Vaccine operations Central Provinces & Berar 1912-1920 - 1912-1920
Year: 1912
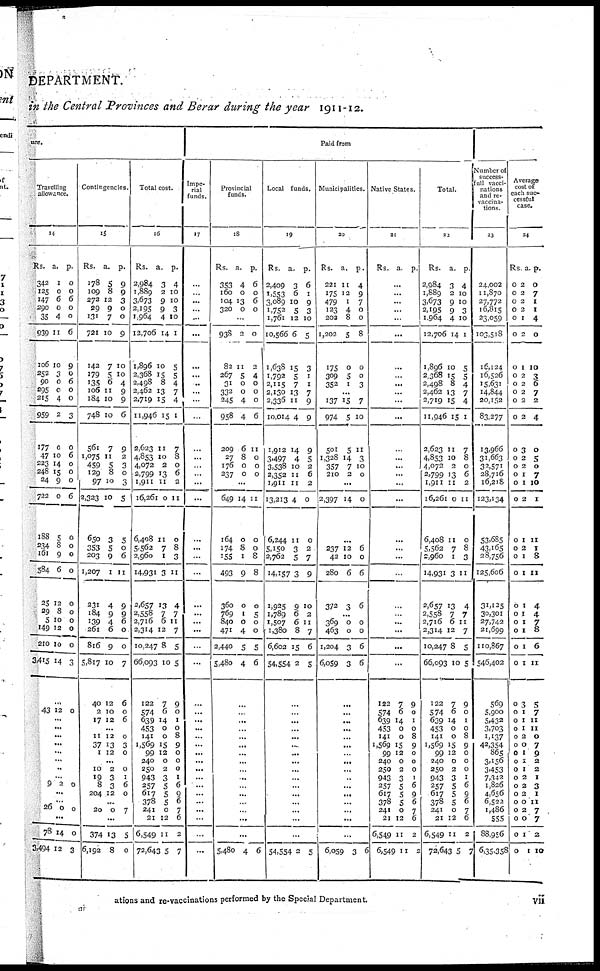
DEPARTMENT.
in the Central Provinces and Berar during the year 1911-12.
ure.
Travelling
allowance.
14
Rs.
342
125
147
290
35
939
106
252
90
295
215
959
177
47
223
248
24
722
188
234
161
584
25
29
5
149
210
3,415
a.
1
0
6
0
4
11
10
3
0
0
4
2
0
10
14
15
9
0
5
8
9
6
12
8
10
12
10
14
p.
0
0
6
0
0
6
9
0
6
0
0
3
0
6
0
0
0
6
0
0
0
0
0
0
0
0
0
3
...
43 12 0
...
...
...
...
...
...
...
...
9 2 0
...
...
20 0 0
...
78
3,494
14
12
0
3
Contingencies.
15
Rs.
178
109
272
29
131
721
142
179
135
106
184
748
561
1,075
459
129
97
2,323
650
353
203
1,207
231
184
139
261
816
5,817
40
2
17
a.
5
8
12
9
7
10
7
5
6
11
10
10
7
11
5
8
10
10
3
5
9
1
4
9
4
6
9
10
12
10
12
p.
9
9
3
0
0
9
10
10
4
9
9
6
9
2
3
0
3
5
5
0
6
11
9
9
6
0
0
7
6
0
6
...
11
37
1
12
13
12
0
3
0
...
10
19
8
204
2
3
3
12
0
1
6
0
...
20
0
7
...
374
6,192
13
8
5
0
Total cost.
16
Rs.
2,984
1,889
3,673
2,195
1,964
12,706
1,896
2,368
2,498
2,462
2,719
11,946
2,623
4,853
4,072
2,799
1,911
16,261
6,408
5,562
2,960
14,931
2,657
2,558
2,716
2,314
10,247
66,093
122
574
639
453
141
1,569
99
240
250
943
257
617
378
241
21
6,549
72,643
a.
3
2
9
9
4
14
10
15
8
13
15
15
11
10
2
13
11
0
11
7
1
3
13
7
6
12
8
10
7
6
14
0
0
15
12
0
2
3
5
5
5
0
12
11
5
p.
4
10
10
3
10
1
5
5
4
7
4
1
7
8
0
6
2
11
0
8
3
11
4
7
11
7
5
5
9
0
1
0
8
9
0
0
0
1
6
9
6
7
6
2
7
Paid from
Impe-
rial
funds.
17
...
...
...
...
...
...
...
...
..
...
...
...
...
...
...
...
...
...
...
...
...
...
...
...
...
...
...
...
...
...
...
...
...
...
...
...
...
...
...
...
...
...
...
...
...
Provincial
funds.
18
Rs.
353
160
104
320
...
938
82
267
31
332
245
958
209
27
176
237
...
649
164
174
155
493
360
769
840
471
2,440
5,480
a.
4
0
13
0
...
2
11
5
0
0
4
4
6
8
0
0
...
14
0
8
1
9
0
1
0
4
5
4
p.
6
0
6
0
...
0
2
4
0
0
0
6
11
0
0
0
...
11
0
0
8
8
0
5
0
0
5
6
...
...
...
...
...
...
...
...
...
...
...
...
...
...
...
...
5,480 4 6
Local funds.
19
Rs.
2,409
1,553
3,089
1,752
1,761
10,566
1,638
1,792
2,115
2,130
2,336
10,014
1,912
3,497
3,538
2,352
1,911
13,213
6,244
5,150
2,762
14,157
1,925
1,789
1,507
1,380
6,602
54,554
a.
3
6
10
5
12
6
15
5
7
13
11
4
14
4
10
11
11
4
11
3
5
3
9
6
6
8
15
2
p.
6
1
9
3
10
5
3
1
1
7
9
9
9
5
2
6
2
0
0
2
7
9
10
2
11
7
6
5
...
...
...
...
...
....
...
...
...
...
...
...
...
...
...
...
54,554 2 5
Municipalities.
20
Rs.
221
175
479
123
202
1,202
175
309
352
a.
11
12
1
4
8
5
0
5
1
p.
4
9
7
0
0
8
0
0
3
...
137
974
501
1,328
357
210
...
2,397
15
5
5
14
7
2
...
14
7
10
11
3
10
0
...
0
...
237
42
280
372
12
10
6
3
6
0
6
6
...
369
463
1,204
6,059
0
0
3
3
0
0
6
6
...
...
...
...
...
...
...
...
...
...
...
...
...
...
...
...
6,059 3
6
Native States.
21
Rs. a. p.
...
...
...
...
...
...
...
...
...
...
...
...
...
...
...
...
...
...
...
...
...
...
...
...
...
...
...
...
122
574
639
453
141
1,569
99
240
250
943
257
617
378
241
21
6,549
6,549
7
6
14
0
0
15
12
0
2
3
5
5
5
0
12
11
11
9
0
1
0
8
9
0
0
0
1
6
9
6
7
6
2
2
Total.
22
Rs.
2,984
1,889
3,673
2,195
1,964
12,706
1,896
2,668
2,498
2,462
2,719
11,946
2,623
4,853
4,072
2,799
1,911
16,261
6,408
5,562
2,960
14,931
2,657
2,558
2,716
2,314
10,247
66,093
122
574
639
453
141
1,569
99
240
250
943
257
617
378
241
21
6,549
72,643
a.
3
2
9
9
4
14
10
15
8
13
15
15
11
10
2
13
11
0
11
7
1
3
13
7
6
12
8
10
7
6
14
0
0
15
12
0
2
3
5
5
5
0
12
11
5
p.
4
10
10
3
10
1
5
5
4
7
4
1
7
8
0
6
2
11
0
8
3
11
4
7
11
7
5
5
9
0
1
0
8
9
0
0
0
1
6
9
6
7
6
2
3
Number of
success¬
full vacci-
nations
and re¬
vaccina-
tions.
23
24,002
11,870
27,772
16,815
23,059
103,518
16,124
16,526
15,631
14,844
20,152
83,277
13,966
31,663
32,571
28,716
16,218
123,134
53,685
43,165
28,756
125,606
31,125
30,301
27,742
21,699
110,867
546,402
569
5,900
5,432
3,703
1,137
42,354
865
3,156
3,453
7,342
1,826
4,656
6,522
1,486
555
88,956
6,35,358
Average
cost of
each suc-
cessful
case.
24
Rs.
0
0
0
0
0
0
0
0
0
0
0
0
0
0
0
0
0
0
0
0
0
0
0
0
0
0
0
0
0
0
0
0
0
0
0
0
0
0
0
0
0
0
0
0
0
a.
2
2
2
2
1
2
1
2
2
2
2
2
3
2
2
1
1
2
1
2
1
1
1
1
1
1
1
1
3
1
1
1
2
0
1
1
1
2
2
2
0
2
0
1
1
p.
0
7
1
1
4
0
10
3
6
7
2
4
0
5
0
7
10
1
11
1
8
11
4
4
7
8
6
11
5
7
11
11
0
7
9
2
2
1
3
1
11
7
7
2
10
ations and re-vaccinations performed by the Special Department.
vii